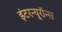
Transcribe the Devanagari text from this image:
इंटरन्यूरॉन्स